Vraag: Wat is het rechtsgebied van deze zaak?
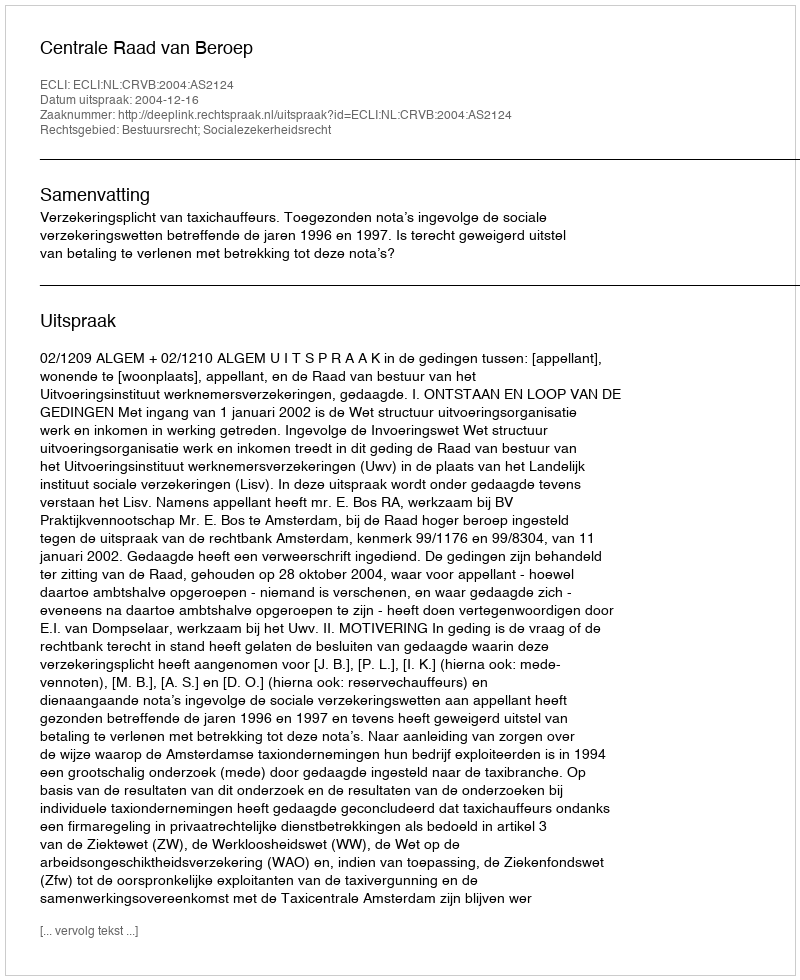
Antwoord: Bestuursrecht; Socialezekerheidsrecht